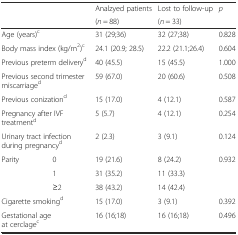
<table><thead><tr><td rowspan="2" colspan="2"></td><td><b>Analzyed patients</b></td><td><b>Lost to follow-up</b></td><td rowspan="2"><b><i>p</i></b></td></tr><tr><td><b>(<i>n</i> = 88)</b></td><td><b>(<i>n</i> = 33)</b></td></tr></thead><tbody><tr><td colspan="2">Age (years)<sup>c</sup></td><td>31 (29;36)</td><td>32 (27;38)</td><td>0.828</td></tr><tr><td colspan="2">Body mass index (kg/m<sup>2</sup>)<sup>c</sup></td><td>24.1 (20.9; 28.5)</td><td>22.2 (21.1;26.4)</td><td>0.604</td></tr><tr><td colspan="2">Previous preterm delivery<sup>d</sup></td><td>40 (45.5)</td><td>15 (45.5)</td><td>1.000</td></tr><tr><td colspan="2">Previous second trimester miscarriage<sup>d</sup></td><td>59 (67.0)</td><td>20 (60.6)</td><td>0.508</td></tr><tr><td colspan="2">Previous conization<sup>d</sup></td><td>15 (17.0)</td><td>4 (12.1)</td><td>0.587</td></tr><tr><td colspan="2">Pregnancy after IVF treatment<sup>d</sup></td><td>5 (5.7)</td><td>4 (12.1)</td><td>0.254</td></tr><tr><td colspan="2">Urinary tract infection during pregnancy<sup>d</sup></td><td>2 (2.3)</td><td>3 (9.1)</td><td>0.124</td></tr><tr><td>Parity</td><td>0</td><td>19 (21.6)</td><td>8 (24.2)</td><td rowspan="3">0.932</td></tr><tr><td></td><td>1</td><td>31 (35.2)</td><td>11 (33.3)</td></tr><tr><td></td><td>≥2</td><td>38 (43.2)</td><td>14 (42.4)</td></tr><tr><td colspan="2">Cigarette smoking<sup>d</sup></td><td>15 (17.0)</td><td>3 (9.1)</td><td>0.392</td></tr><tr><td colspan="2">Gestational age at cerclage<sup>c</sup></td><td>16 (16;18)</td><td>16 (16;18)</td><td>0.496</td></tr></tbody></table>